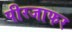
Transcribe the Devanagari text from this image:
पीरजाफर